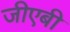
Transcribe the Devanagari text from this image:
जीएबी